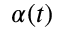
\alpha ( t )